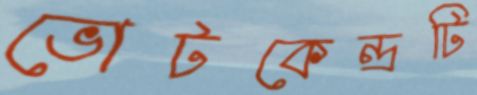
ভোটকেন্দ্রটি